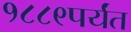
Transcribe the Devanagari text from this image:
१८८९पर्यंत